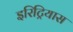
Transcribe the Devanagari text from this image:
इरिट्रियास